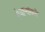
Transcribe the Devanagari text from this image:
शेजाऱ्यांकडे